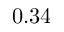
0 . 3 4